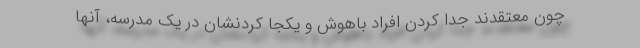
چون معتقدند جدا کردن افراد باهوش و یکجا کردنشان در یک مدرسه، آنها